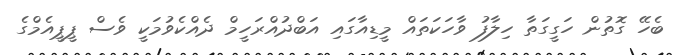
ބެހޭ ގޮތުން ހަގީގަތާ ހިލާފު ވާހަކަތައް މީޑިއާގައި އަބްދުއްރަހީމް ދެއްކެވުމަކީ ވެސް ޕީޕީއެމްގެ